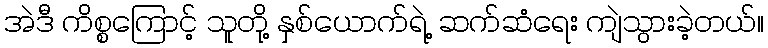
အဲဒီ ကိစ္စကြောင့် သူတို့ နှစ်ယောက်ရဲ့ ဆက်ဆံရေး ကျဲသွားခဲ့တယ်။